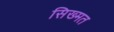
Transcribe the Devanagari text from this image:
सिख्मत